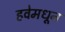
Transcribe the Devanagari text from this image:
हवेमधून